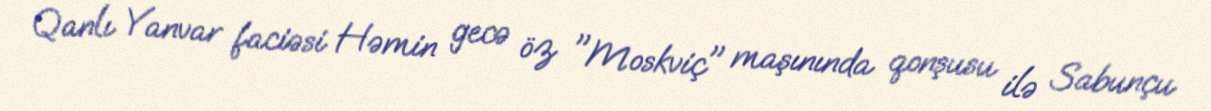
Qanlı Yanvar faciəsi Həmin gecə öz "Moskviç" maşınında qonşusu ilə Sabunçu